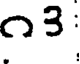
౧౩